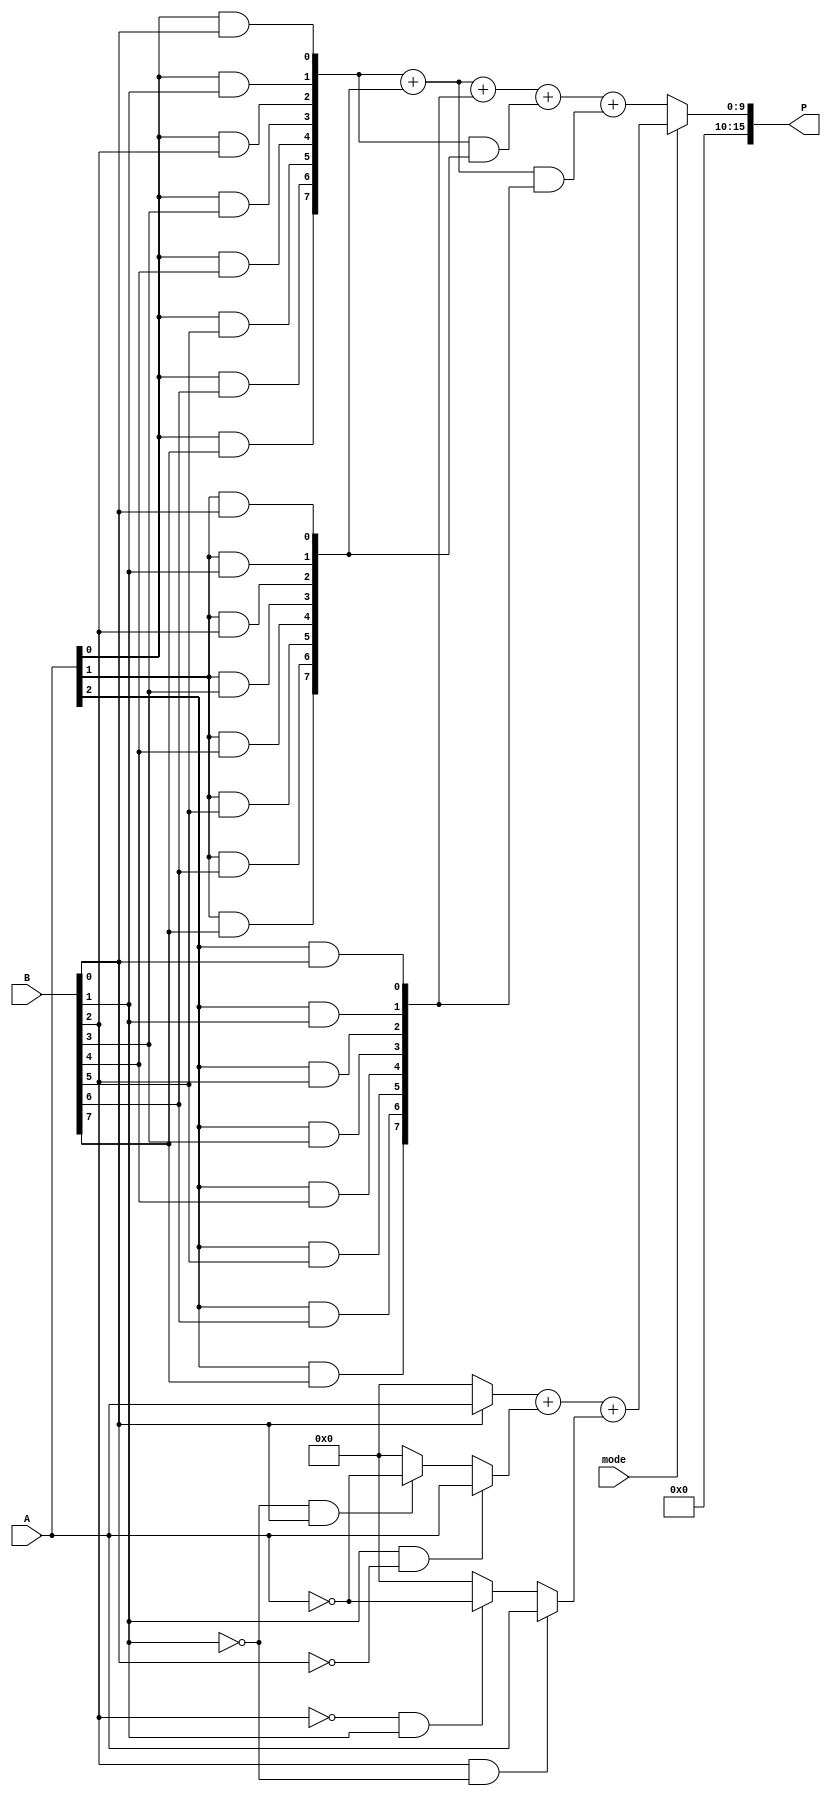
module DualModeWallaceTreeMultiplier #(parameter N = 8) (
    input [N-1:0] A,        // First operand
    input [N-1:0] B,        // Second operand
    input mode,             // Mode control signal (0: Standard, 1: Booth)
    output reg [2*N-1:0] P  // Product output
);

// Internal signals
wire [N-1:0] partial_products [0:N-1]; // Partial products
wire [2*N-1:0] sum [0:N-1];             // Sums for Wallace tree
wire [N-1:0] booth_partial_products [0:N-1]; // Booth's partial products
wire [2*N-1:0] final_sum;               // Final sum output

// Partial Product Generation
generate
    genvar i, j;
    for (i = 0; i < N; i = i + 1) begin : PP_GEN
        for (j = 0; j < N; j = j + 1) begin : PP_GEN_INNER
            assign partial_products[i][j] = A[i] & B[j]; // Standard Mode
        end
    end
endgenerate

// Booth's Algorithm for Partial Product Generation
generate
    for (i = 0; i < N; i = i + 1) begin : BOOTH_PP_GEN
        if (i == 0) begin
            assign booth_partial_products[i] = (B[0] == 1) ? A : 0; // B[0] = 1
        end else if (i == N-1) begin
            assign booth_partial_products[i] = (B[i] == 1 && B[i-1] == 0) ? A : 
                                                (B[i] == 0 && B[i-1] == 1) ? ~A : 0; // Last bit
        end else begin
            assign booth_partial_products[i] = (B[i] == 1 && B[i-1] == 0) ? A : 
                                                (B[i] == 0 && B[i-1] == 1) ? ~A : 0; // Middle bits
        end
    end
endgenerate

// Wallace Tree Reduction Logic
// This is a simplified version; a complete implementation would require more levels of reduction.
wire [N-1:0] sum1, sum2, carry1, carry2;
assign sum1 = partial_products[0] + partial_products[1];
assign carry1 = (partial_products[0] & partial_products[1]);
assign sum2 = sum1 + partial_products[2];
assign carry2 = (sum1 & partial_products[2]);

// Final sum calculation
assign final_sum = sum2 + carry1 + carry2;

// Control Logic for Mode Selection
always @(*) begin
    if (mode == 0) begin
        // Standard Mode
        P = final_sum; // Output the final sum in standard mode
    end else begin
        // Booth's Mode
        // Implement Booth's reduction logic here
        // For simplicity, we will just output the sum of booth_partial_products
        P = booth_partial_products[0] + booth_partial_products[1] + booth_partial_products[2]; // Simplified
    end
end

endmodule